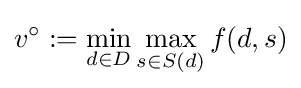
v^{\circ }:=\min _{d\in D}\max _{s\in S(d)}f(d,s)